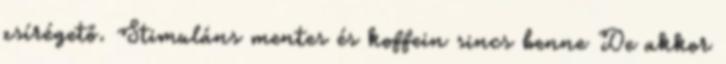
zsírégető. Stimuláns mentes és koffein sincs benne De akkor